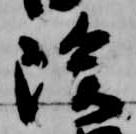
除